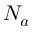
N _ { a }